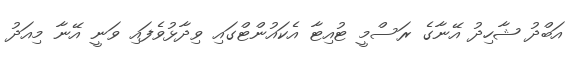
އަބްދު ޝާހިދު އޭނާގެ ރަސްމީ ޓުއިޓާ އެކައުންޓްގައި ވިދާޅުވެފައި ވަނީ އޭނާ މިއަދު